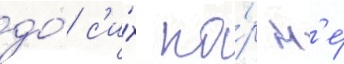
до́ с'и́х по́р н'е́